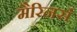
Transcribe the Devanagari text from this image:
मैरिनर्स